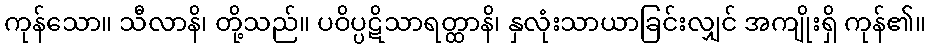
ကုန်သော။ သီလာနိ၊ တို့သည်။ ပဝိပ္ပဋိသာရတ္ထာနိ၊ နှလုံးသာယာခြင်းလျှင် အကျိုးရှိ ကုန်၏။